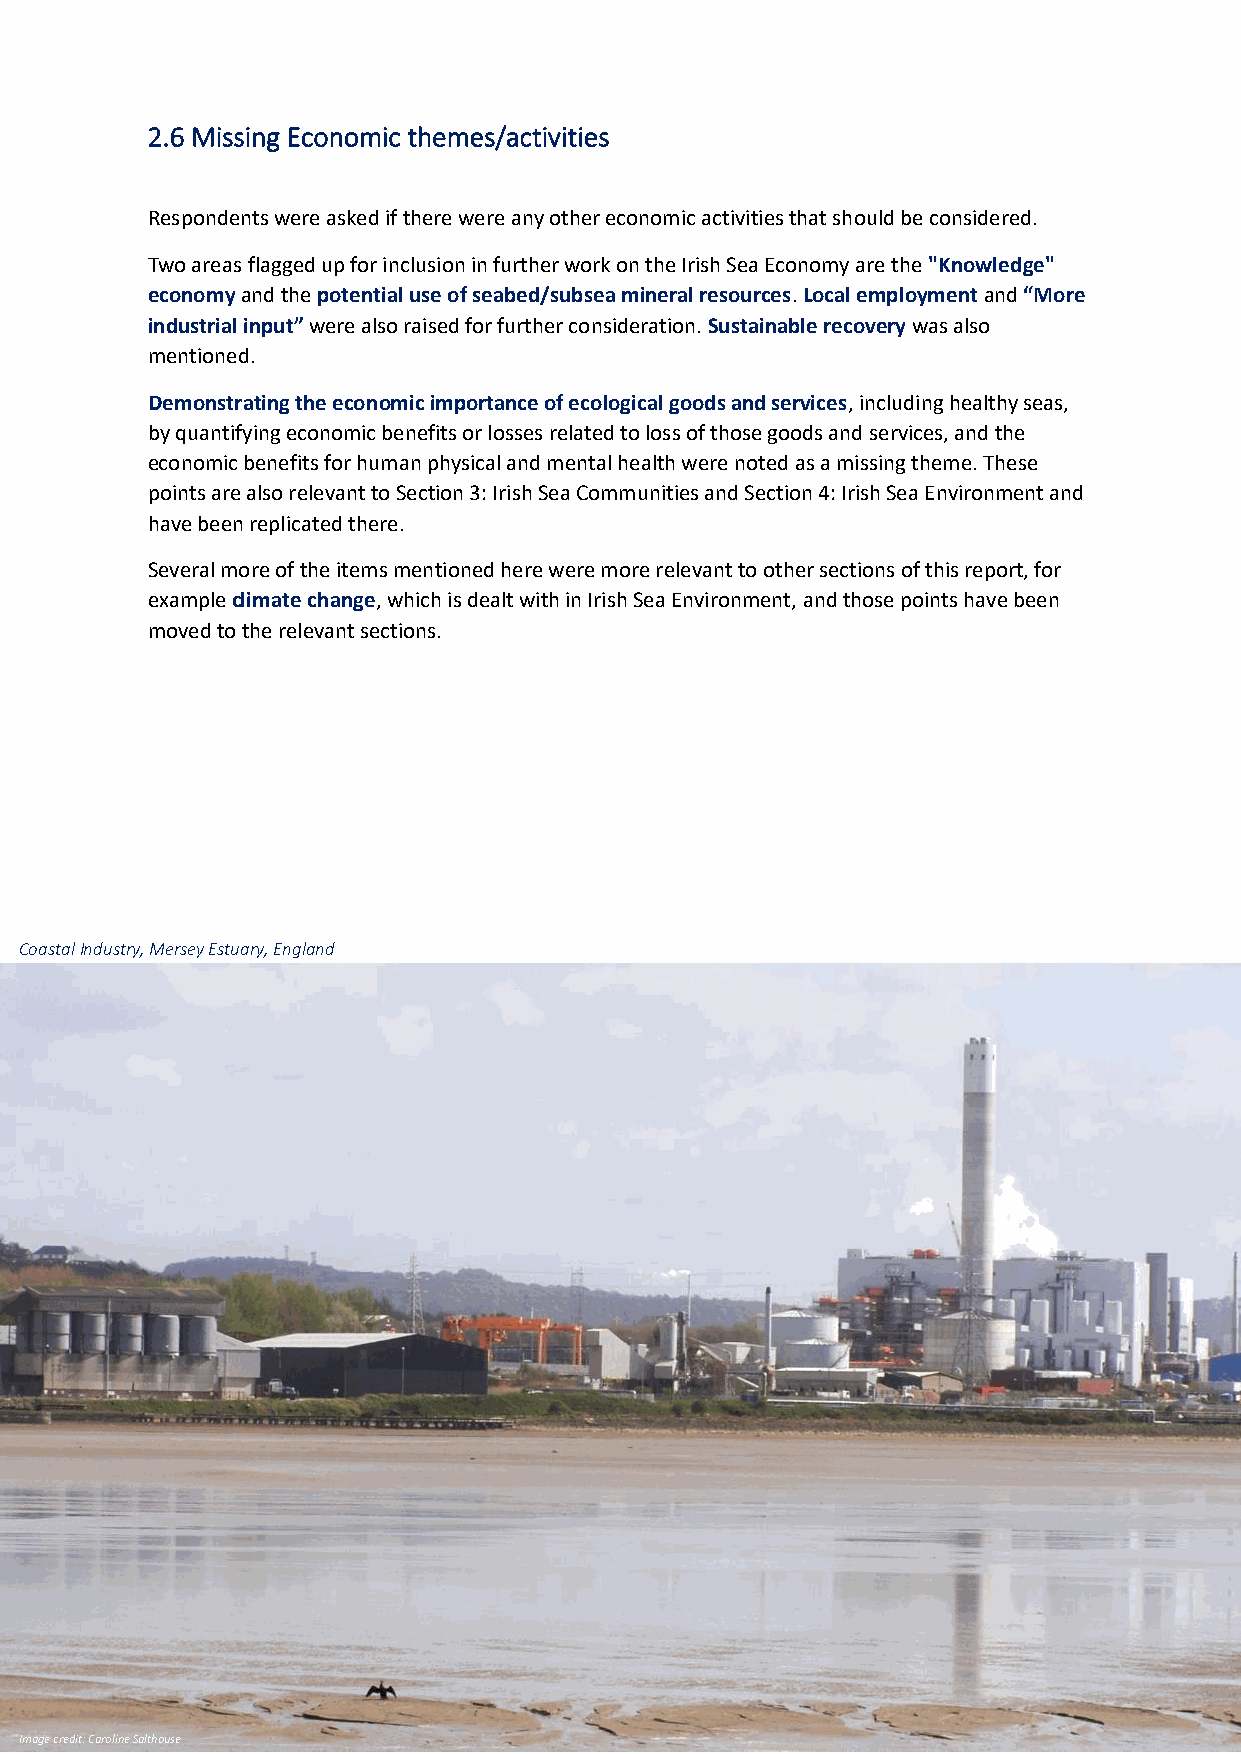
2.6 Missing Economic themes/activities
 Respondents were asked if there were any other economic activities that should be considered.
 Two areas flagged up for inclusion in further work on the Irish Sea Economy are the "Knowledge"
 economy and the potential use of seabed/subsea mineral resources. Local employment and “More
 industrial input” were also raised for further consideration. Sustainable recovery was also
 mentioned.
 Demonstrating the economic importance of ecological goods and services, including healthy seas,
 by quantifying economic benefits or losses related to loss of those goods and services, and the
 economic benefits for human physical and mental health were noted as a missing theme. These
 points are also relevant to Section 3: Irish Sea Communities and Section 4: Irish Sea Environment and
 have been replicated there.
 Several more of the items mentioned here were more relevant to other sections of this report, for
 example climate change, which is dealt with in Irish Sea Environment, and those points have been
 moved to the relevant sections.
 Coastal Industry, Mersey Estuary, England
 Image credit: Caroline Salthouse